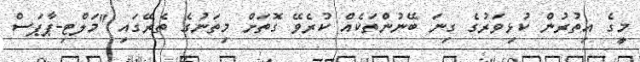
މީގެ އިތުރުން ކުޅިވަރުގެ ގިނަ ބޭނުންތަކެއް ކުރެވޭ ގޮތަށް މިތަނުގެ ތެރޭގައި "މަލްޓި-ޕާޕަސް